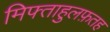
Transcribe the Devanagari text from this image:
मिफ्ताहुलफ़तह